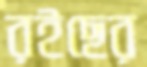
রইছের